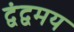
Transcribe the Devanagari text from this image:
द्वंद्वमय